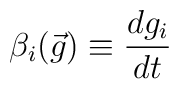
\beta _{i}(\vec{g})\equiv \frac{dg_{i}}{dt}